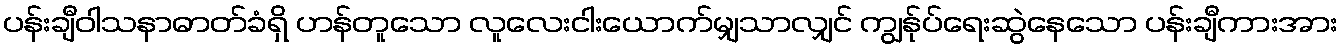
ပန်းချီဝါသနာဓာတ်ခံရှိ ဟန်တူသော လူလေးငါးယောက်မျှသာလျှင် ကျွန်ုပ်ရေးဆွဲနေသော ပန်းချီကားအား